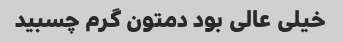
خیلی عالی بود دمتون گرم چسبید